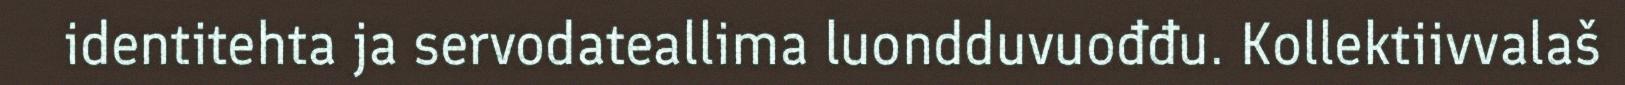
identitehta ja servodateallima luondduvuođđu. Kollektiivvalaš